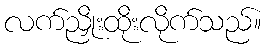
လက်ညှိုးထိုးလိုက်သည်။